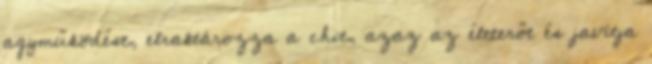
agyműködést, elraktározza a chit, azaz az életerőt és javítja